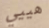
هييي